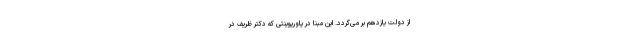
از دولت یازدهم بر می‌گردد. این مبنا در پاورپوینتی که دکتر ظریف در